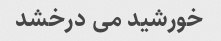
خورشید می درخشد